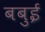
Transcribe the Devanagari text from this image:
बबुई